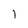
Character: l